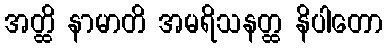
အတ္ထိ နာမာတိ အမရိသနတ္ထ နိပါတော